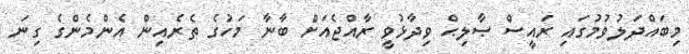
މިބައްދަލުވުމުގައި ރައީސް ޞާލިޙް ވިދާޅުވީ ރާއްޖެއަށް ބާނާ މަހުގެ ތެރެއިން އެންމެންގެ ގިނަ